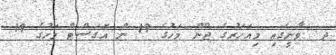
ދ. ވާނީގައި މިއަހަރުގެ ޖޫން މަހުގެ 19 ން އޮގަސްޓް މަހުގެ 19